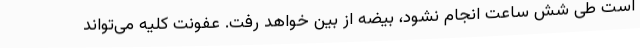
است طی شش ساعت انجام نشود، بیضه از بین خواهد رفت. عفونت کلیه می‌تواند